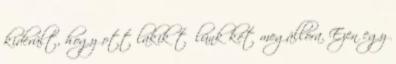
kiderült, hogy ott lakik tőlünk két megállóra. Ezen egy